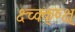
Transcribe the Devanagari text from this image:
क्ष्च्क्क्ष्क्ष्